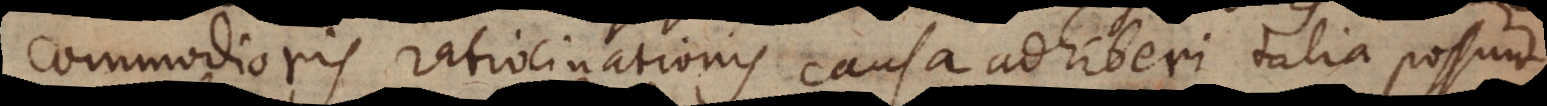
commodioris ratiocinationis causa adhiberi talia possunt,